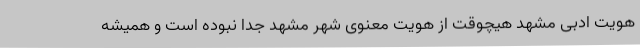
هویت ادبی مشهد هیچوقت از هویت معنوی شهر مشهد جدا نبوده است و همیشه